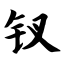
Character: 钗